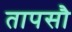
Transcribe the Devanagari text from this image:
तापसौ